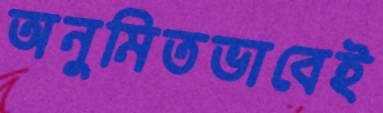
অনুমিতভাবেই